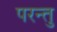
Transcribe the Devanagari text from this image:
परन्तु